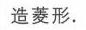
造菱形.